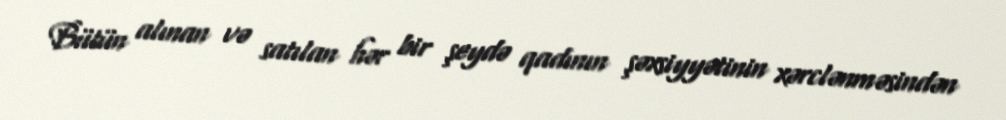
Bütün alınan və satılan hər bir şeydə qadının şəxsiyyətinin xərclənməsindən